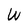
Character: W